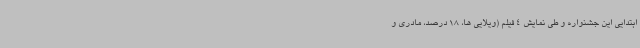
ابتدایی این جشنواره و طی نمایش 4 فیلم (ویلایی ها، 18 درصد، مادری و